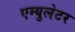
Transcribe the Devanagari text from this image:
एम्युलेटर